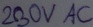
Text: 230V AC